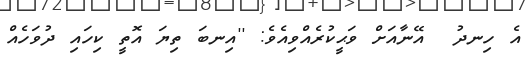
އެ ހިނދު  އޭނާއަށް ވަޙީކުރެއްވިއެވެ: ''އިނބަ ތިޔަ އޮތީ ކިހައި ދުވަހެއް